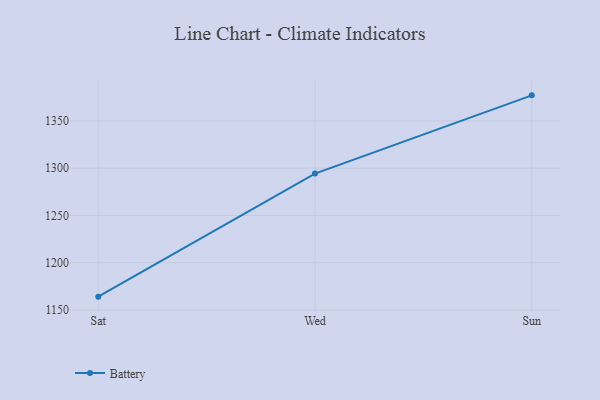
{"axis": {"x": "Day", "y": "Satisfaction Score"}, "legend": ["Battery"], "data": [{"x": "Sat", "y": 1164.1, "type": "Battery"}, {"x": "Wed", "y": 1294.3, "type": "Battery"}, {"x": "Sun", "y": 1377.0, "type": "Battery"}]}